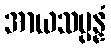
အာယသမ္ပန္နံ